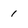
Character: 1